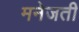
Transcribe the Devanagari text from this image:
मनेजती